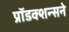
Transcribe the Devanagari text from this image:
प्रॉडक्शन्सने